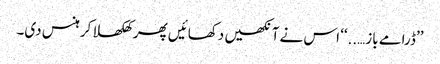
’’ڈرامے باز…..‘‘ اس نے آنکھیں دکھائیں پھر کھلکھلا کر ہنس دی۔